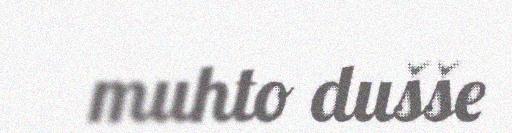
muhto dušše